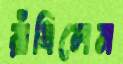
রাঁধিলেন